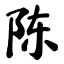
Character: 陈